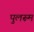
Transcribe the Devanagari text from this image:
पुलरूम